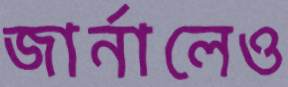
জার্নালেও